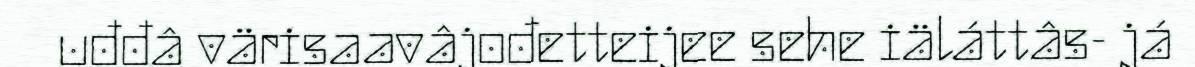
uđđâ värisaavâjođetteijee sehe iäláttâs- já